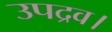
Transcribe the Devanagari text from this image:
उपद्रव।